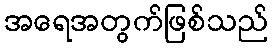
အရေအတွက်ဖြစ်သည်